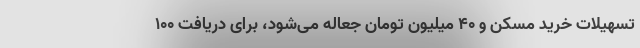
تسهیلات خرید مسکن و ۴۰ میلیون تومان جعاله می‌شود، برای دریافت ۱۰۰